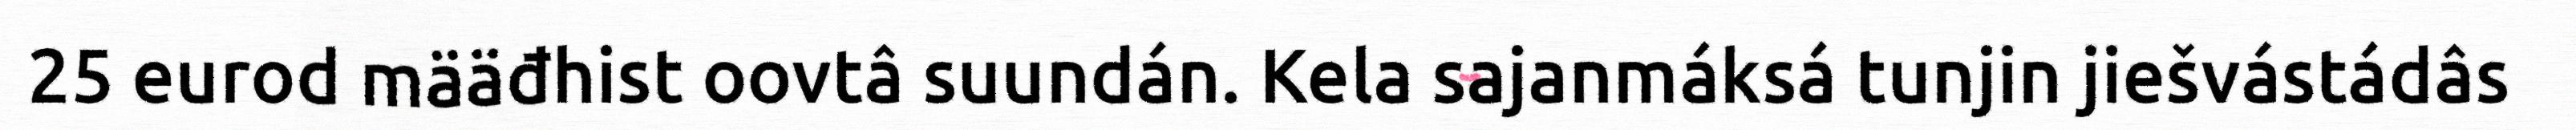
25 eurod määđhist oovtâ suundán. Kela sajanmáksá tunjin jiešvástádâs